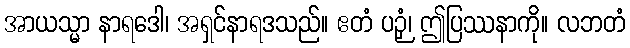
အာယသ္မာ နာရဒေါ၊ အရှင်နာရဒသည်။ ဧတံ ပဉှံ၊ ဤပြဿနာကို။ လဘတံ